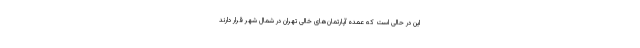
این در حالی است که عمده آپارتمان‌های خالی تهران در شمال شهر قرار دارند